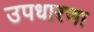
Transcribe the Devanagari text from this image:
उपधारणा